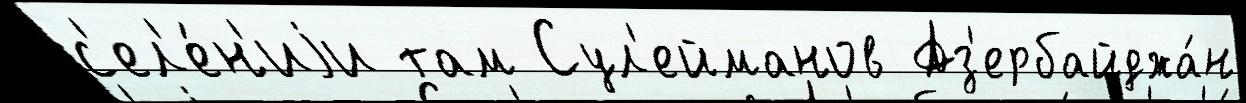
с'ел'е́н'иjи там Сул'ейманов Аз'ербайджа́н